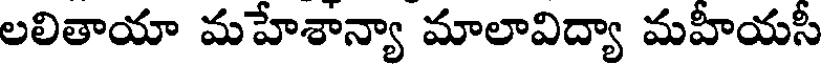
లలితాయా మహేశాన్యా మాలావిద్యా మహీయసీ